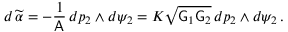
d \, \widetilde { \alpha } = - \frac { 1 } { \mathsf { A } } \, d p _ { 2 } \wedge d \psi _ { 2 } = K \sqrt { \mathsf { G } _ { 1 } \mathsf { G } _ { 2 } } \, d p _ { 2 } \wedge d \psi _ { 2 } \, .